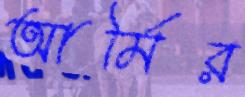
আর্মির